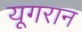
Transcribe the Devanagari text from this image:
यूगरान